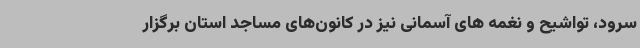
سرود، تواشیح و نغمه های آسمانی نیز در کانون‌های مساجد استان برگزار